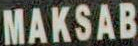
MAKSAB